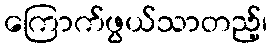
ကြောက်ဖွယ်သာတည့်၊